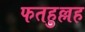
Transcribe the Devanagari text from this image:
फतहुल्लह